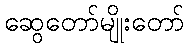
ဆွေတော်မျိုးတော်